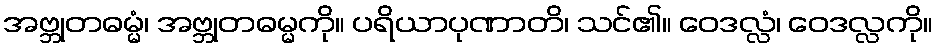
အဗ္ဘုတဓမ္မံ၊ အဗ္ဘုတဓမ္မကို။ ပရိယာပုဏာတိ၊ သင်၏။ ဝေဒလ္လံ၊ ဝေဒလ္လကို။